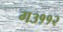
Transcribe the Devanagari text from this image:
ग३११२